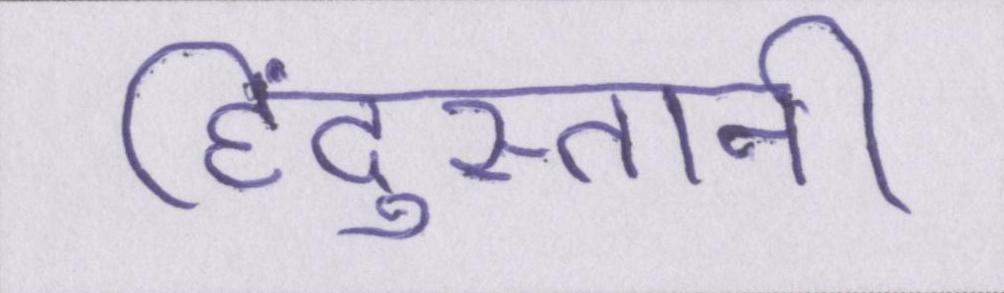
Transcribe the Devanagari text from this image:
हिंदुस्तानी